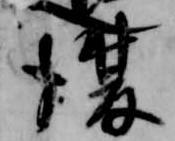
復